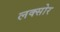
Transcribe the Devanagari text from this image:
लक्सोर